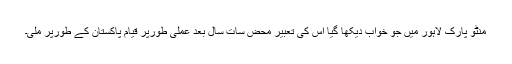
منٹو پارک لاہور میں جو خواب دیکھا گیا اس کی تعبیر محض سات سال بعد عملی طورپر قیام پاکستان کے طورپر ملی۔